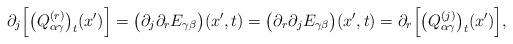
LaTeX: \begin{align*}\partial_j\Big[\big(Q^{(r)}_{\alpha\gamma}\big)_t(x')\Big]=\big(\partial_j\partial_r E_{\gamma\beta}\big)(x',t)=\big(\partial_r\partial_j E_{\gamma\beta}\big)(x',t)=\partial_r\Big[\big(Q^{(j)}_{\alpha\gamma}\big)_t(x')\Big],\end{align*}